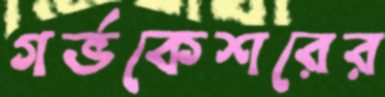
গর্ভকেশরের